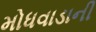
મોધવાડાની